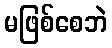
မဖြစ်စေဘဲ